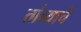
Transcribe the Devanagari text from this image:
तांब्याचें